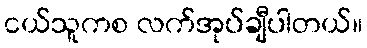
ငယ်သူကစ လက်အုပ်ချီပါတယ်။